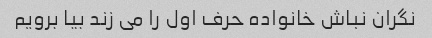
نگران نباش خانواده حرف اول را می زند بیا برویم